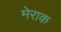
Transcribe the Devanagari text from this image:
मेराक